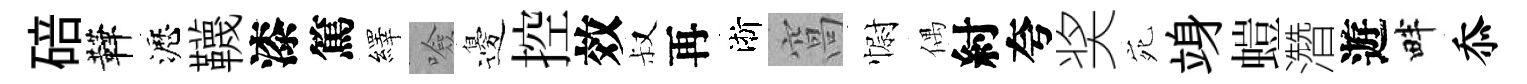
碚鞾瀝韈漆篤繹噞邊控效叔再淅窩𢠢偶紂夸奖宛竧螘濳遊畔忝